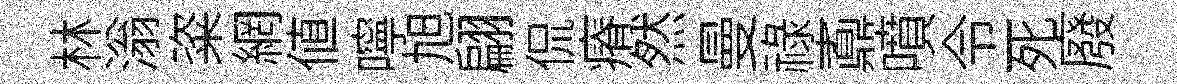
林滃粢網値嚀旭翩侃瘠然曼祿鼒噴令死廢